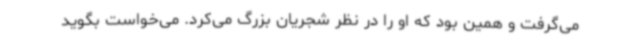
می‌گرفت و همین بود که او را در نظر شجریان بزرگ می‌کرد. می‌خواست بگوید